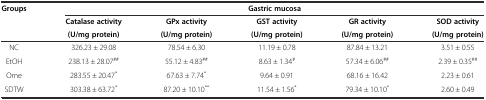
<table><thead><tr><td><b>Groups</b></td><td colspan="5"><b>Gastric mucosa</b></td></tr><tr><td></td><td><b>Catalase activity</b></td><td><b>GPx activity</b></td><td><b>GST activity</b></td><td><b>GR activity</b></td><td><b>SOD activity</b></td></tr><tr><td></td><td><b>(U/mg protein)</b></td><td><b>(U/mg protein)</b></td><td><b>(U/mg protein)</b></td><td><b>(U/mg protein)</b></td><td><b>(U/mg protein)</b></td></tr></thead><tbody><tr><td>NC</td><td>326.23 ± 29.08</td><td>78.54 ± 6.30</td><td>11.19 ± 0.78</td><td>87.84 ± 13.21</td><td>3.51 ± 0.55</td></tr><tr><td>EtOH</td><td>238.13 ± 28.07<sup>##</sup></td><td>55.12 ± 4.83<sup>##</sup></td><td>8.63 ± 1.34<sup>#</sup></td><td>57.34 ± 6.06<sup>##</sup></td><td>2.39 ± 0.35<sup>##</sup></td></tr><tr><td>Ome</td><td>283.55 ± 20.47<sup>*</sup></td><td>67.63 ± 7.74<sup>*</sup></td><td>9.64 ± 0.91</td><td>68.16 ± 16.42</td><td>2.23 ± 0.61</td></tr><tr><td>SDTW</td><td>303.38 ± 63.72<sup>*</sup></td><td>87.20 ± 10.10<sup>**</sup></td><td>11.54 ± 1.56<sup>*</sup></td><td>79.34 ± 10.10<sup>*</sup></td><td>2.60 ± 0.49</td></tr></tbody></table>